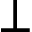
\perp